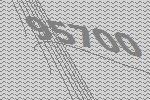
95700